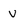
Character: V